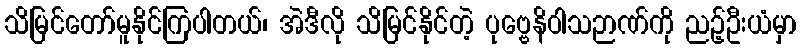
သိမြင်တော်မူနိုင်ကြပါတယ်၊ အဲဒီလို သိမြင်နိုင်တဲ့ ပုဗ္ဗေနိဝါသဉာဏ်ကို ညဉ့်ဦးယံမှာ